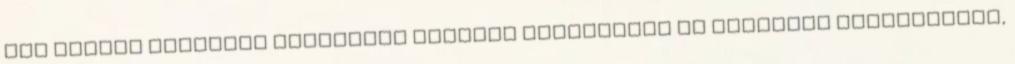
Pál András önkéntes szakaszát szintén Galíciában az ellenség bekerítette,